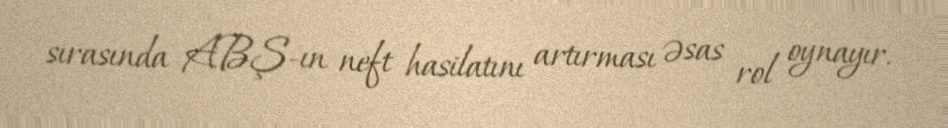
sırasında ABŞ-ın neft hasilatını artırması əsas rol oynayır.